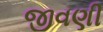
જીવણી